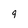
Character: q